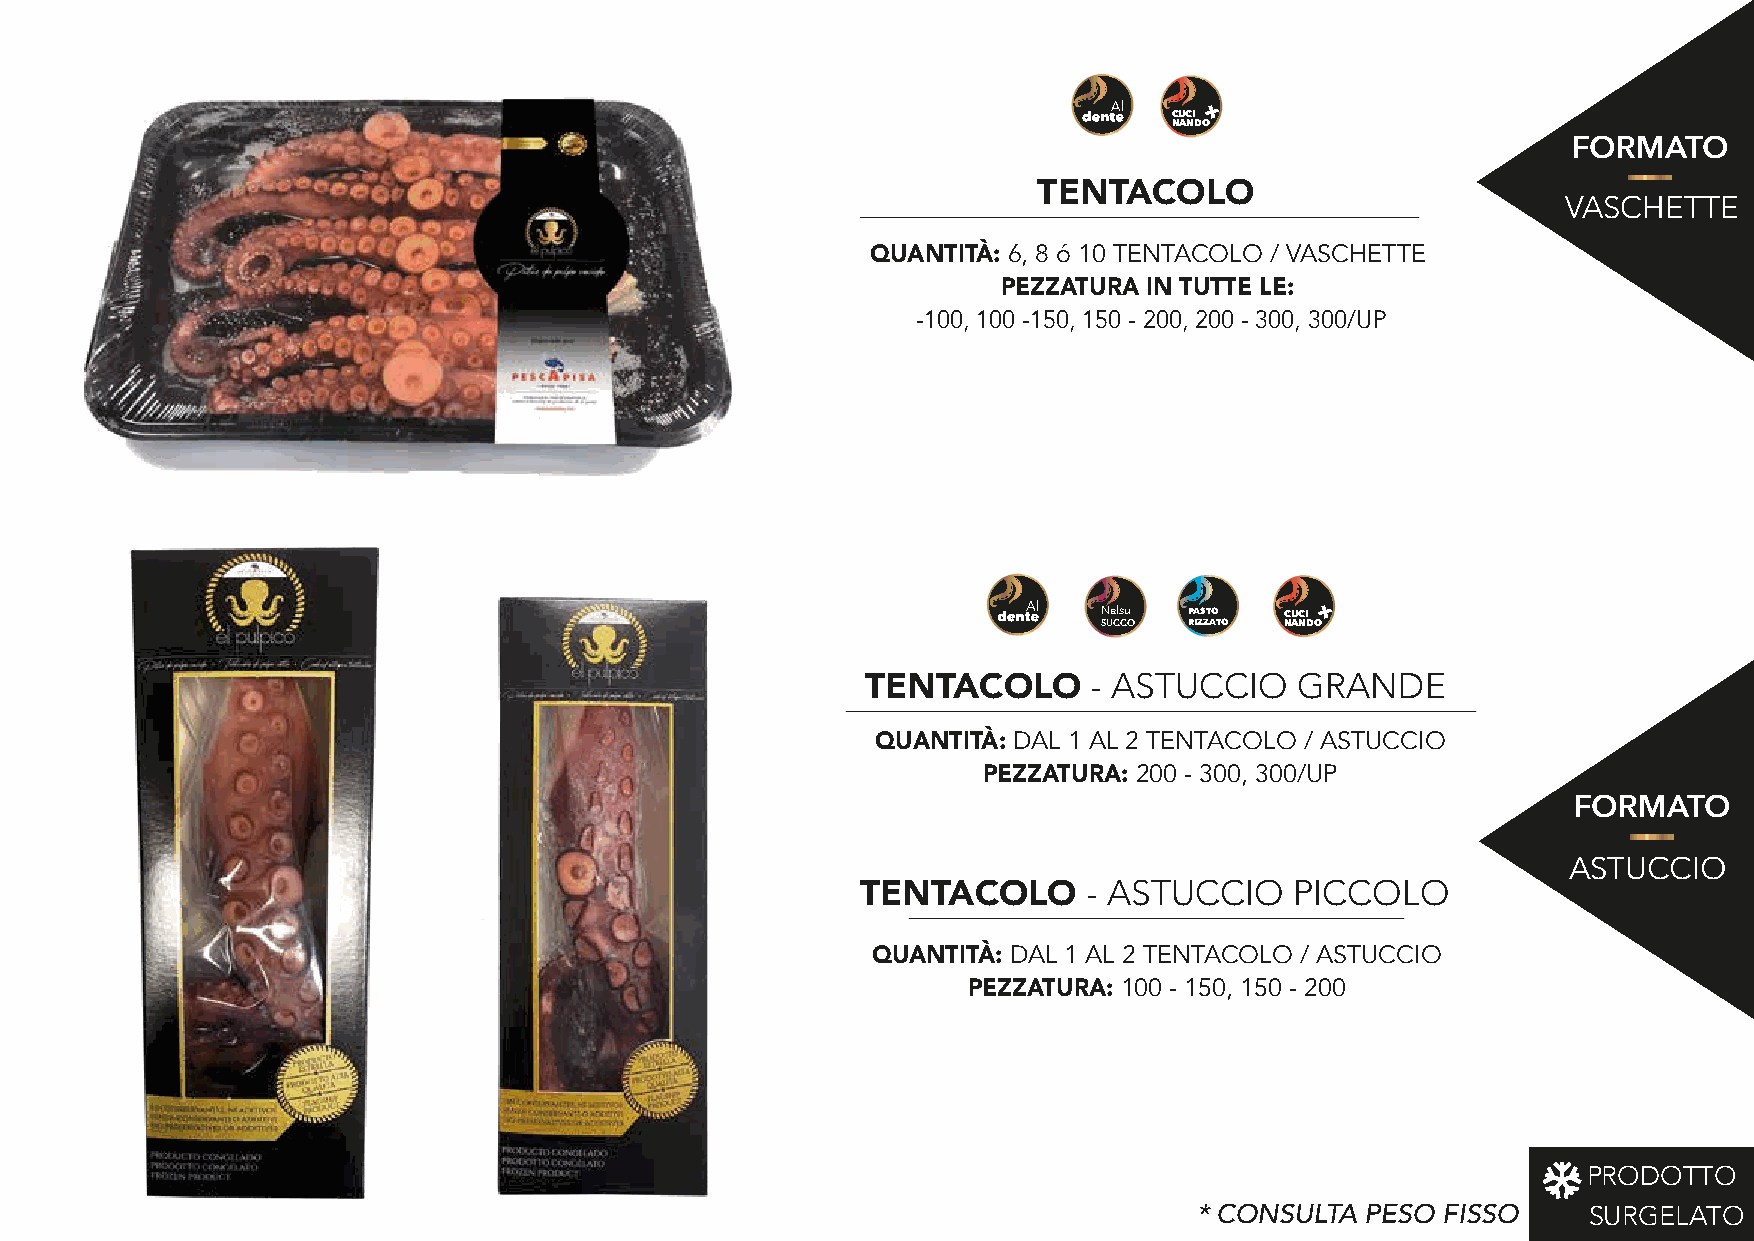
+
 CUCI
 NANDO
 FORMATO
 TENTACOLO
 VASCHETTE
 QUANTITÀ: 6, 8 ó 10 TENTACOLO / VASCHETTE
 PEZZATURA IN TUTTE LE:
 -100, 100 -150, 150 - 200, 200 - 300, 300/UP
 +
 Nelsu PASTO CUCI
 SUCCO RIZZATO NANDO
 - ASTUCCIO    GRANDE
 TENTACOLO
 QUANTITÀ: DAL 1 AL 2 TENTACOLO / ASTUCCIO
 PEZZATURA: 200 - 300, 300/UP
 FORMATO
 ASTUCCIO
 - ASTUCCIO    PICCOLO
 TENTACOLO
 QUANTITÀ: DAL 1 AL 2 TENTACOLO / ASTUCCIO
 PEZZATURA: 100 - 150, 150 - 200
 PRODOTTO
 * CONSULTA PESO  FISSO    SURGELATO